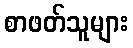
စာဖတ်သူများ